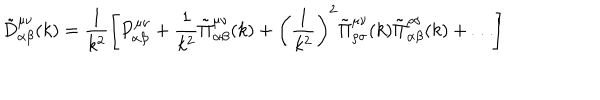
\tilde { D } _ { \alpha \beta } ^ { \mu \nu } ( k ) = \frac 1 { k ^ { 2 } } \left[ P _ { \alpha \beta } ^ { \mu \nu } + \frac 1 { k ^ { 2 } } \tilde { \Pi } _ { \alpha \beta } ^ { \mu \nu } ( k ) + \left( \frac 1 { k ^ { 2 } } \right) ^ { 2 } \tilde { \Pi } _ { \rho \sigma } ^ { \mu \nu } ( k ) \tilde { \Pi } _ { \alpha \beta } ^ { \rho \sigma } ( k ) + \dots \right]